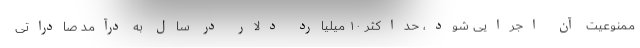
ممنوعیت آن اجرایی شود، حداکثر ۱۰ میلیارد دلار در سال به درآمد صادراتی